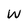
Character: W